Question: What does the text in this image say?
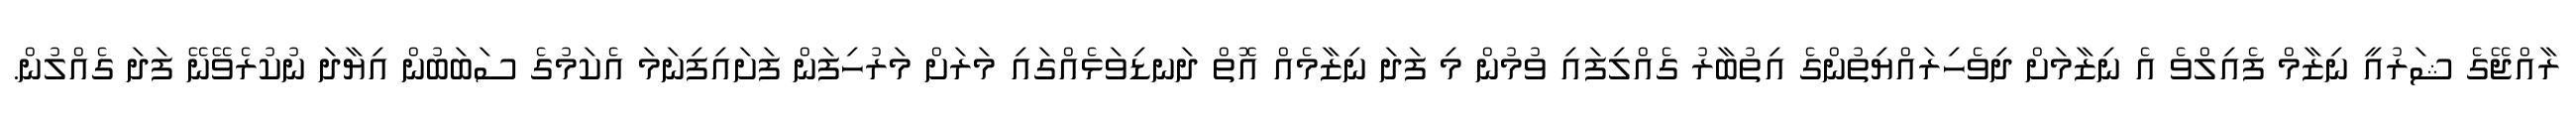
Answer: ރާއްޖޭގެ ޝަރުއީ ނިޒާމް ފެއިލްވެ އެ ނިޒާމަށް ދިވެހިރައްޔިތުންގެ އިތުބާރު ގެއްލިފައި ވުމުން މި ފަދަ ނިޒާމެއް އޮތް ދަނޑިވަޅެއްގައި މަރަށް މަރުހިފަން ފަށައިފިނަމަ އެކަމުގެ ސަބަބުން އިޔާދަ ނުކުރެވޭނޭ ފަދަ ގެއްލުން.